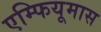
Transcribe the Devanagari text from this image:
एम्फियूमास